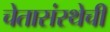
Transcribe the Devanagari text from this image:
चेतासंस्थेची